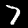
Label: 7